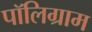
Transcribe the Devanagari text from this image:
पॉलिग्राम